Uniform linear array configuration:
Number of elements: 32
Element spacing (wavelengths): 0.25
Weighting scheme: hann
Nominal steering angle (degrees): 0
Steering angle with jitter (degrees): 1.596
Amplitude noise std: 0.05
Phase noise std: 0.05

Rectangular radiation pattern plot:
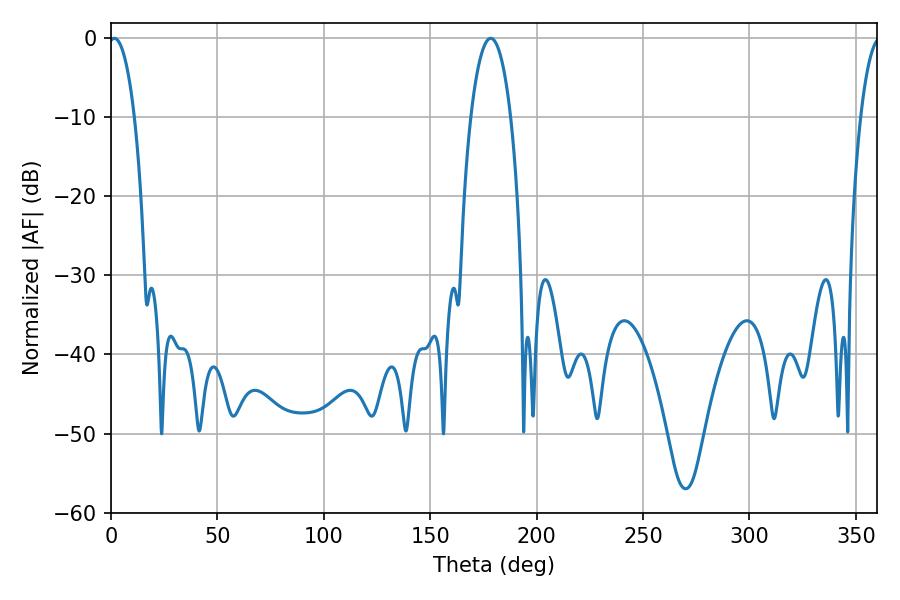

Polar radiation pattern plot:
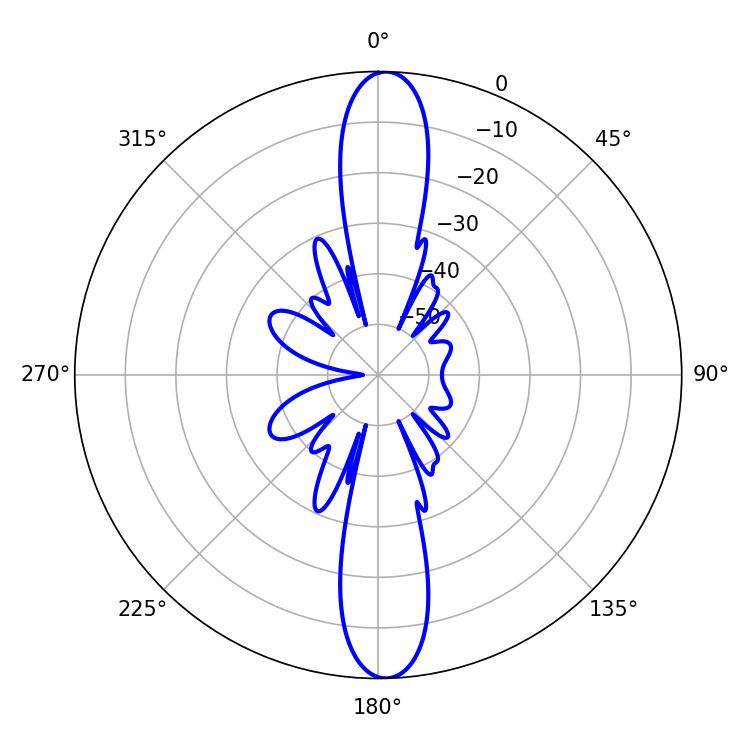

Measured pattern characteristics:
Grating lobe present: FALSE
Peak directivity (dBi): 22.764
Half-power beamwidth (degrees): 6.84
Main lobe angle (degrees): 1.62